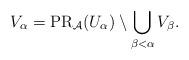
LaTeX: \begin{align*} V_\alpha = \mathrm{PR}_{\mathcal A}(U_\alpha) \setminus \bigcup_{\beta < \alpha} V_\beta. \end{align*}